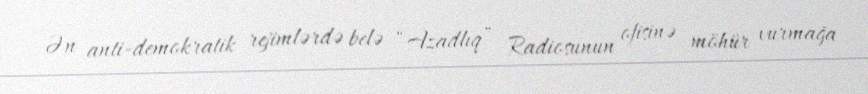
Ən anti-demokratik rejimlərdə belə “Azadlıq” Radiosunun ofisinə möhür vurmağa